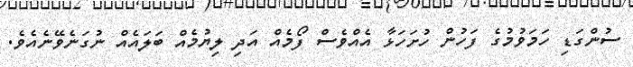
ސުންގަޑި ހަމަވުމުގެ ފަހުން ހުށަހަޅާ އެއްވެސް ފޯމެއް އަދި ލިޔުމެއް ބަލައެއް ނުގަނެވޭނެއެވެ.